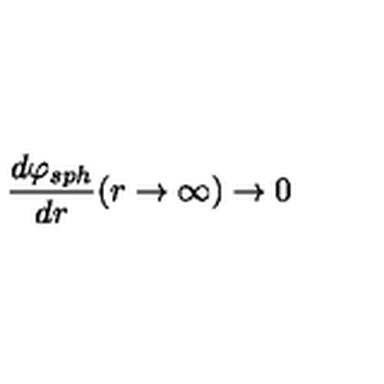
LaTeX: \frac { d \varphi _ { s p h } } { d r } ( r \rightarrow \infty ) \rightarrow 0